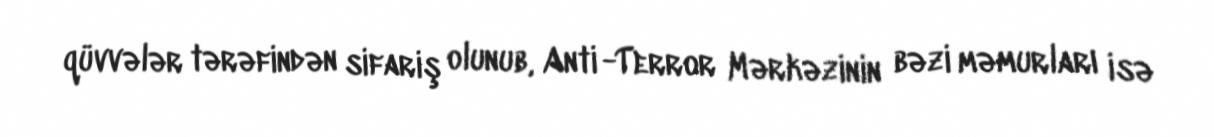
qüvvələr tərəfindən sifariş olunub, Anti -Terror Mərkəzinin bəzi məmurları isə